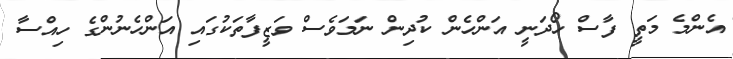
އެންމެ މަތީ ފާސް ހޯދަނީ އަންހެން ކުދިން ނަމަވެސް ވަޒީފާތަކުގައި އަންހެނުންގެ ހިއްސާ